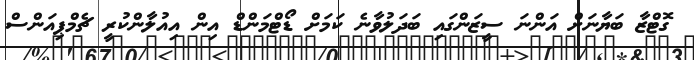
ގޮޓްޒާ ބަޔާނަށް އަންނަ ސީޒަންގައި ބަދަލުވާނެ ކަމަށް ޑޯޓްމަންޑް އިން އިއުލާންކުރީ ޗެމްޕިއަންސް